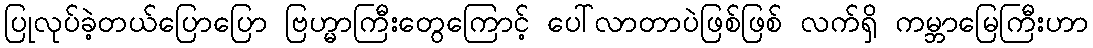
ပြုလုပ်ခဲ့တယ်ပြောပြော ဗြဟ္မာကြီးတွေကြောင့် ပေါ်လာတာပဲဖြစ်ဖြစ် လက်ရှိ ကမ္ဘာမြေကြီးဟာ